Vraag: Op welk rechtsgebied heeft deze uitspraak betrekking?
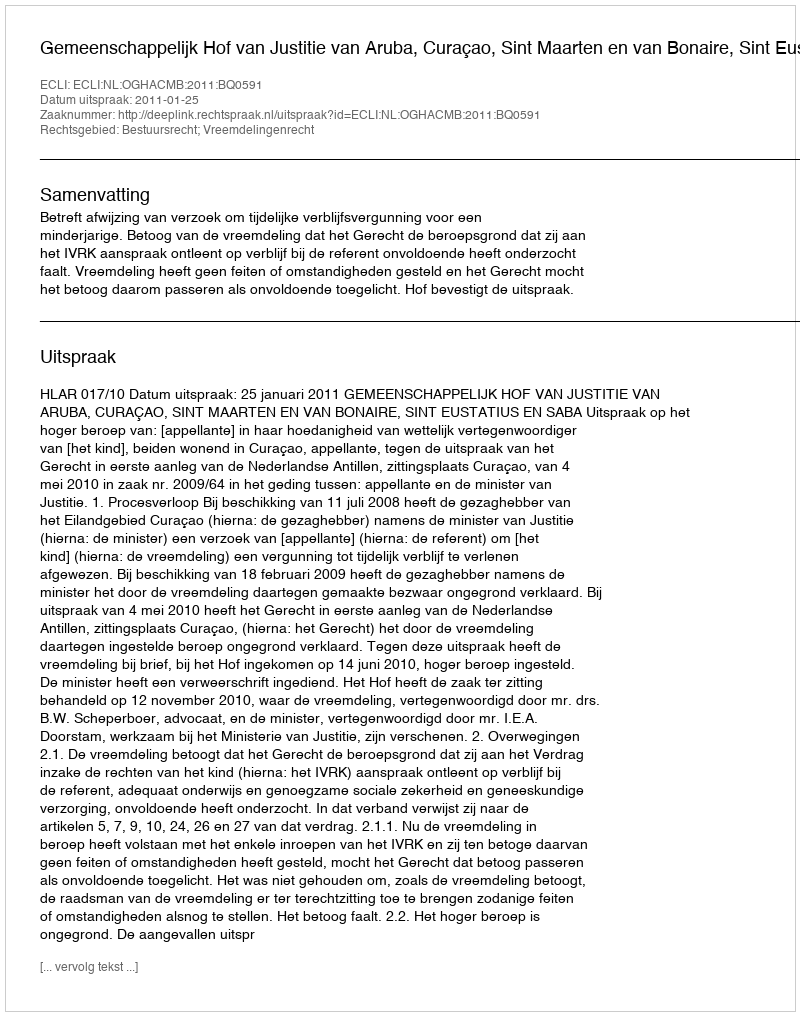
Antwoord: Bestuursrecht; Vreemdelingenrecht